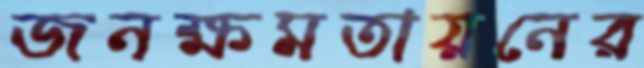
জনক্ষমতায়নের